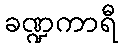
ခဏ္ဍကာရီ